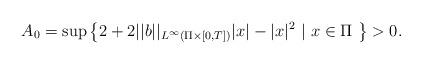
LaTeX: \begin{align*}A_0=\sup\big\{ 2+2||b||_{L^{\infty}(\Pi\times [0,T])}|x|-|x|^{2}\ |\ x\in \Pi\ \big\}>0.\end{align*}